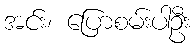
အင်း၊ ပြောစမ်းပါဦး